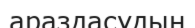
араздасудың